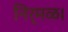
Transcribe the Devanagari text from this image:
निर्मळ।